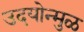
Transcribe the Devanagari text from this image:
उदयोन्मुळ